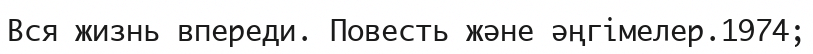
Вся жизнь впереди. Повесть және әңгімелер.1974;